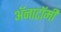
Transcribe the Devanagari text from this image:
अॅनाटॉमी